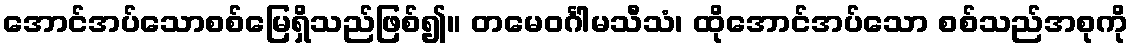
အောင်အပ်သောစစ်မြေရှိသည်ဖြစ်၍။ တမေဝင်္ဂါမသီသံ၊ ထိုအောင်အပ်သော စစ်သည်အစုကို